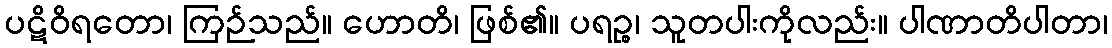
ပဋိဝိရတော၊ ကြဉ်သည်။ ဟောတိ၊ ဖြစ်၏။ ပရဉ္စ၊ သူတပါးကိုလည်း။ ပါဏာတိပါတာ၊